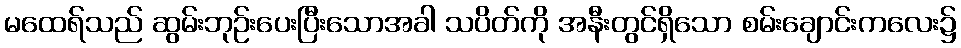
မထေရ်သည် ဆွမ်းဘုဉ်းပေးပြီးသောအခါ သပိတ်ကို အနီးတွင်ရှိသော စမ်းချောင်းကလေး၌